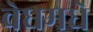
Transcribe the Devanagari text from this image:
वेधमधे